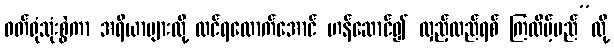
ဝတ်ရုံသုံးစွဲကာ အရိယာများလို့ ထင်ရလောက်အောင် ဟန်ဆောင်၍ လှည့်လည်ရစ် ကြလိမ့်မည်”လို့